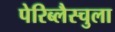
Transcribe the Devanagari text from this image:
पेरिब्लैस्चुला